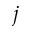
j